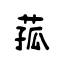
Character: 菰